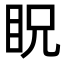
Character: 眖